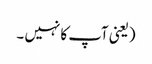
(یعنی آپ کا نہیں ۔